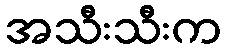
အသီးသီးက